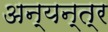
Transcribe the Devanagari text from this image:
अन्यन्त्र